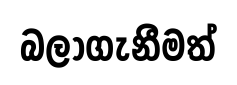
බලාගැනීමත්